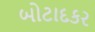
બોટાદકર